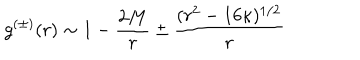
LaTeX: g ^ { ( \pm ) } ( r ) \sim 1 - { \frac { 2 M } { r } } \pm { \frac { ( r ^ { 2 } - 1 6 \kappa ) ^ { 1 / 2 } } { r } }